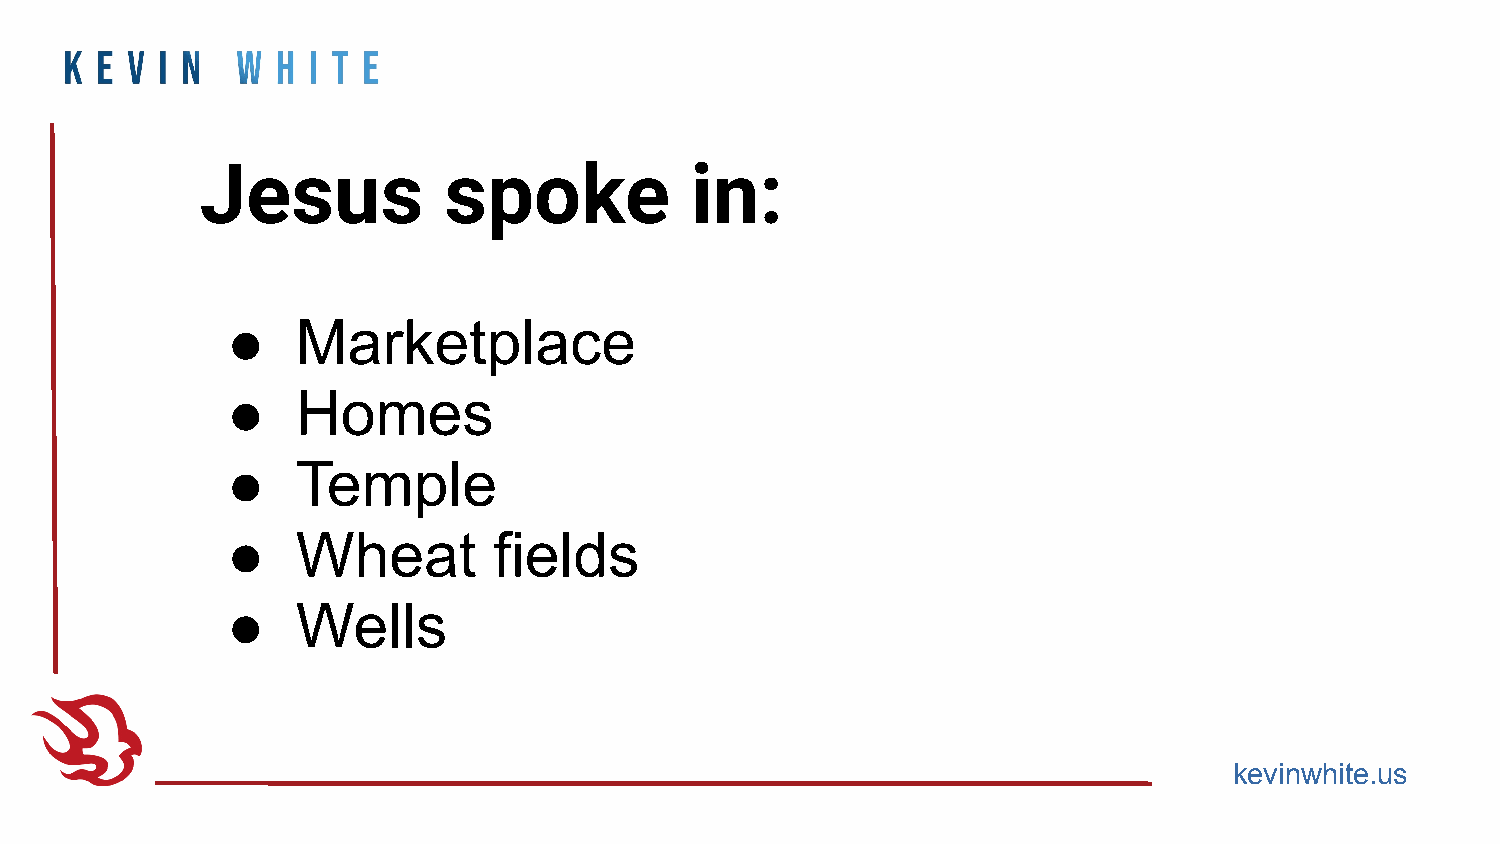
Jesus           spoke            in:
 ●    Marketplace
 ●    Homes
 ●    Temple
 ●    Wheat        fields
 ●    Wells
 kevinwhite.us